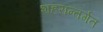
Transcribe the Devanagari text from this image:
शहरान्तर्गत